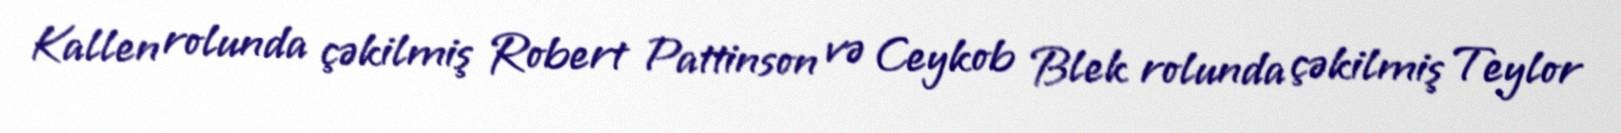
Kallen rolunda çəkilmiş Robert Pattinson və Ceykob Blek rolunda çəkilmiş Teylor